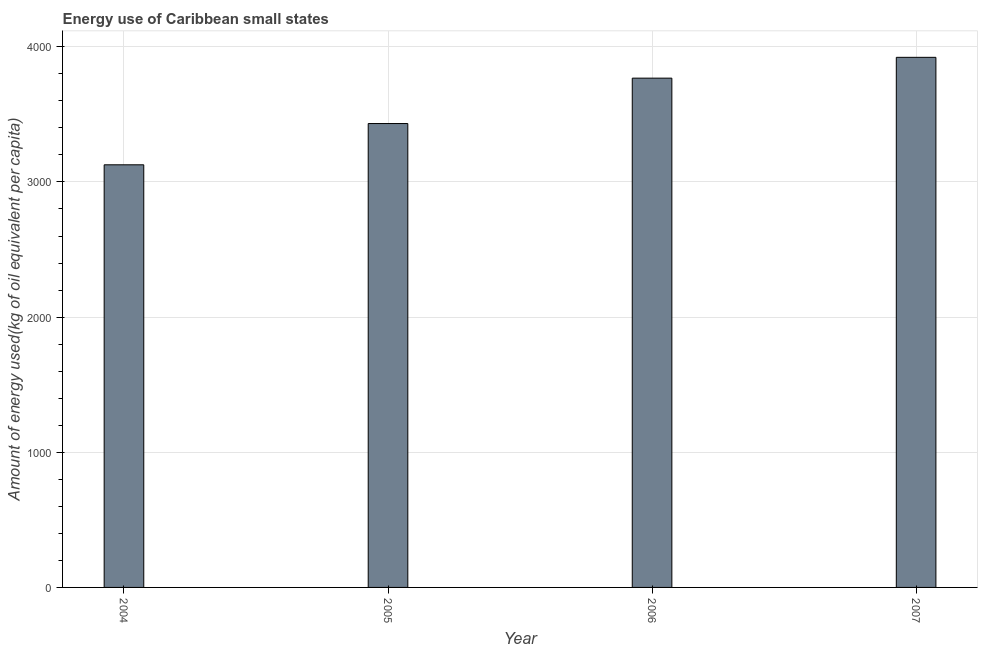
| Year | Energy use  |
 | --- | --- |
 | 2004 | 3.13e+03 |
 | 2005 | 3.43e+03 |
 | 2006 | 3.77e+03 |
 | 2007 | 3.92e+03 |